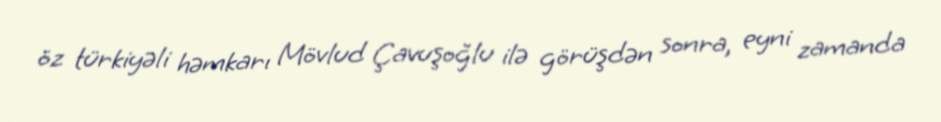
öz türkiyəli həmkarı Mövlud Çavuşoğlu ilə görüşdən sonra, eyni zamanda